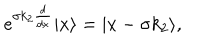
e ^ { \sigma k _ { 2 } { \frac { d } { d x } } } | x \rangle = | x - \sigma k _ { 2 } \rangle ,